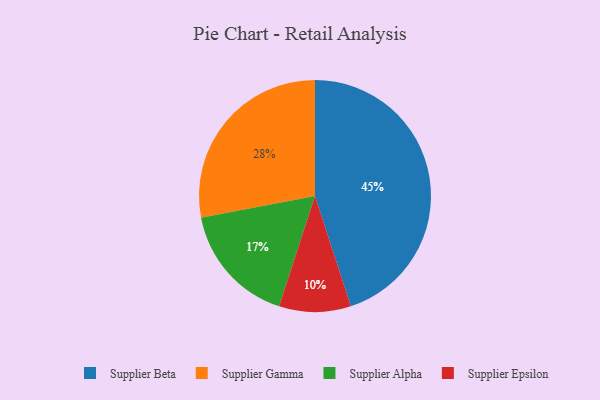
{"axis": {"x": "Category", "y": "Percentage"}, "legend": ["Supplier Alpha", "Supplier Beta", "Supplier Epsilon", "Supplier Gamma"], "data": [{"x": "Supplier Beta", "y": 45, "type": "Supplier Beta"}, {"x": "Supplier Epsilon", "y": 10, "type": "Supplier Epsilon"}, {"x": "Supplier Alpha", "y": 17, "type": "Supplier Alpha"}, {"x": "Supplier Gamma", "y": 28, "type": "Supplier Gamma"}]}